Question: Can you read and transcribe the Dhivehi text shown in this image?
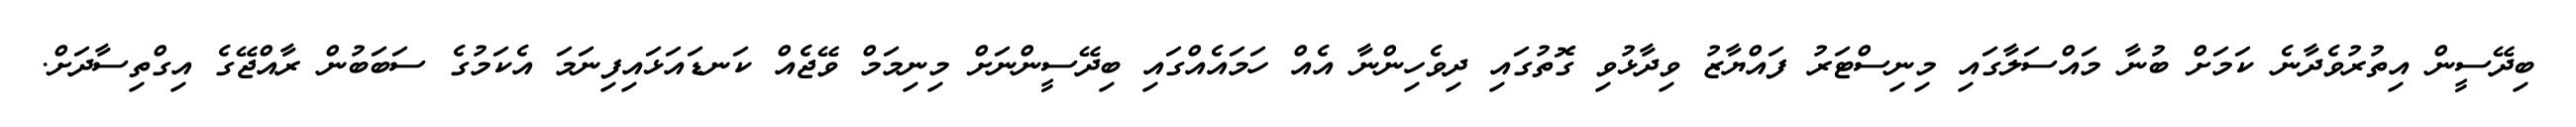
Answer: ބިދޭސީން އިތުރުވެދާނެ ކަމަށް ބުނާ މައްސަލާގައި މިނިސްޓަރު ފައްޔާޒު ވިދާޅުވި ގޮތުގައި ދިވެހިންނާ އެއް ހަމައެއްގައި ބިދޭސީންނަށް މިނިމަމް ވޭޖެއް ކަނޑައަޅައިފިނަމަ އެކަމުގެ ސަބަބުން ރާއްޖޭގެ އިގްތިސާދަށް.